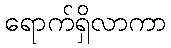
ရောက်ရှိလာကာ